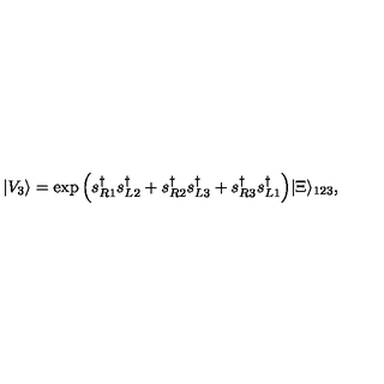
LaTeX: | V _ { 3 } \rangle = \exp \Big ( s _ { R 1 } ^ { \dag } s _ { L 2 } ^ { \dag } + s _ { R 2 } ^ { \dag } s _ { L 3 } ^ { \dag } + s _ { R 3 } ^ { \dag } s _ { L 1 } ^ { \dag } \Big ) | \Xi \rangle _ { 1 2 3 } ,